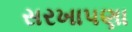
સરખાપણા